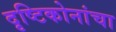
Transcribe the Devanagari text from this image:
दृष्टिकोनांचा